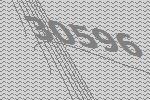
30596